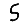
Digit: 5